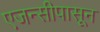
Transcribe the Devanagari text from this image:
एजन्सीपासून